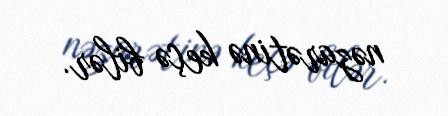
nəzarətinə keçə bilər.